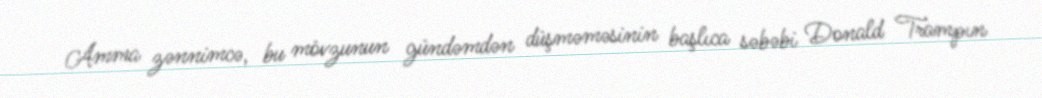
Amma zənnimcə, bu mövzunun gündəmdən düşməməsinin başlıca səbəbi Donald Trampın